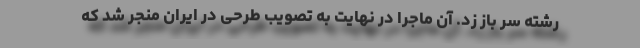
رشته سر باز زد. آن ماجرا در نهایت به تصویب طرحی در ایران منجر شد که